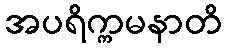
အပရိက္ကမနာတိ